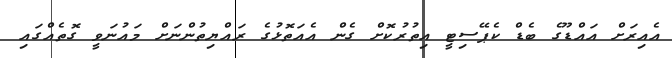
އެއިރަށް އައްޑޫގެ ބެޑް ކެޕޭސިޓީ އިތުރުކޮށް ގެން އެއަތޮޅުގެ ރައްޔިތުންނަށް މައުނަވީ ގޮތެއްގައި